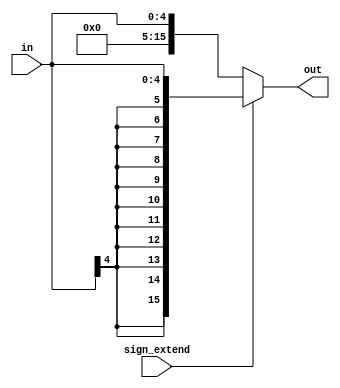
module extender5to16 (in, sign_extend, out);
  
  input [4:0] in;
  input sign_extend;
  output [15:0] out;
  
  assign out = (sign_extend) ? {{11{in[4]}}, in[4:0]} : {11'b0, in[4:0]};
  
endmodule